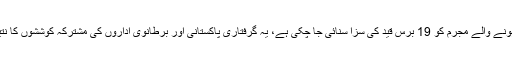
گرفتار ہونے والے مجرم کو 19 برس قید کی سزا سنائی جا چکی ہے، یہ گرفتاری پاکستانی اور برطانوی اداروں کی مشترکہ کوششوں کا نتیجہ ہے۔